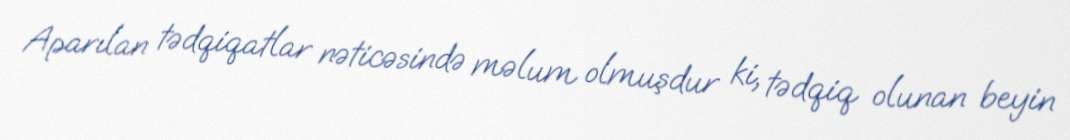
Aparılan tədqiqatlar nəticəsində məlum olmuşdur ki, tədqiq olunan beyin